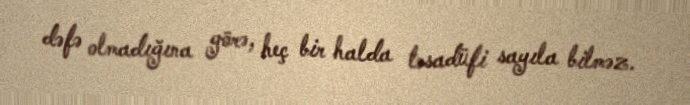
dəfə olmadığına görə, heç bir halda təsadüfi sayıla bilməz.